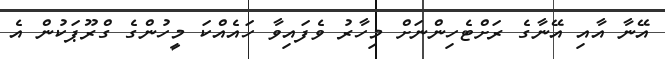
އޭނާ އާއި އޭނާގެ ރަށްޓެހިންނަށް މިހާރު ވެފައިވާ ހައެއްކަ މީހުންގެ ގްރޫޕަކުން އެ